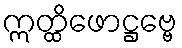
ဣတ္ထိဖောဋ္ဌဗ္ဗေ